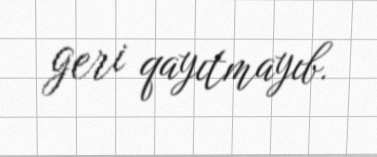
geri qayıtmayıb.